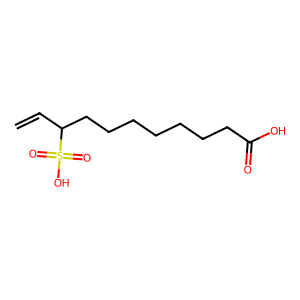
SMILES: C=CC(CCCCCCCC(=O)O)S(=O)(=O)O
Inhibits HIV replication: No